Vaccination in the Punjab 1905-1918 - 1905-1918
Year: 1905
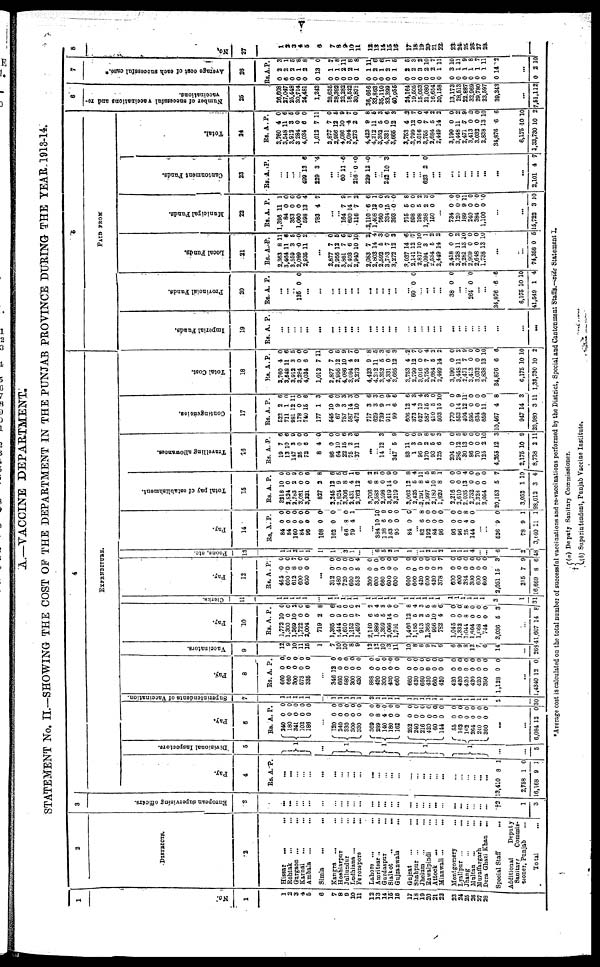
v
A.—VACCINE DEPARTMENT.
STATEMENT No. II.—SHOWING THE COST OF THE DEPARTMENT IN THE PUNJAB PROVINCE DURING THE YEAR, 1913-14.
1
No
1
1
2
3
4
5
6
7
8
9
10
11
12
13
14
15
16
17
18 19
20
21
22
23
24
25
26
27
28
2
DISTRICTS.
2
Hissar
...
...
Rohtak
... ...
Gurgaon ... ...
Karnal ... ...
Ambala ... ...
Simla ... ...
Kangra
... ...
Hoshiarpur ...
Jullundur ... ...
Ludhiana ...
...
Ferozepore
...
Lahore ...
...
Amritsar... ...
Gurdaspur
Sialkot
... ...
Gujranwala ...
Gujrat ... ...
Shahpur ... ...
Jhelum ... ...
Rawalpindi ...
Attock
... ...
Mianwali ...
...
Montgomery
Lyallpur ...
...
Jhang
...
...
Multan ... ...
Muzaffargarh ...
Dera Ghazi Khan ...
Special Staff ...
Additional
Deputy
Sanitary
Commis-
sioner, Punjab ...
Total ...
3
European supervising officers.
3
...
...
...
...
...
...
...
...
...
...
...
...
...
...
...
...
...
...
...
...
...
...
...
...
...
...
...
...
†2
1
3
4
EXPENDITURE.
Pay.
4
Rs. A. P.
...
...
...
...
...
...
...
... ...
...
...
...
...
...
...
...
... ...
...
... ...
...
...
...
... ...
...
13,410
2,758
16,168
8
1
9
1
0
1
Divisional Inspectors.
5
1
...
1
1
1
1
...
...
5
Pay.
6
Rs.
240
180
341
102
186
A.
0
0
0
0
0
P.
0
0
0
0
0
...
120
240
330
300
330
369
289
140
180
162
252
240
216
420
60
144
55
162
162
264
240
360
0
0
0
0
0
0
8
4
0
0
0
0
0
0
0
0
0
0
0
0
0
0
0
0
0
0
0
0
0
0
0
0
0
0
0
0
0
0
0
0
0
0
0
0
...
...
6,084 12 0
Superintendents of Vaccination.
7
1
1
1
1
1
...
1
1
1
1
1
2
1
1
1
1
1
1
1
1
1
1
1
1
1
1
1
1
2
30
Pay.
8
Rs.
660
660
300
573
335
A.
0
0
0
0
0
P.
0
0
0
0
0
...
346
660
580
300
420
888
420
300
420
660
660
420
660
420
660
420
420
420
420
420
420
350
1,128
12
0
0
0
0
0
0
0
0
0
0
0
0
0
0
0
0
0
0
0
0
0
0
0
0
0
0
0
0
0
0 0
0
0
0
0
0
0
0
0
0
0
0
0
0
0
...
1,4340 12 0
Vaccinators.
9
12
9
10
11
15
1
7
10
10
8
9
12
12
10
3
11
10
8
6
9
7
6
6
9
8
12
7
6
14
...
268
Pay.
10
Rs.
1,772
1,300
1,369
1,722
2,004
719
1,365
1,414
1,610
1,152
1,459
2,149
1,889
1,359
2,066
1,701
1,466
1,165
913
1,365
956
782
1,045
1,332
1,044
1,604
1,068
744
3,036
A.
10
0
10
0
0
2
0
9
0
0
7
6
5
5
14
0
12
5
2
5
10
4
0
0
8
0
0
0
5
P.
0
0
2
0
6
8
6
5
0
0
2
2
4
3
9
0
8
4
3
5
8
6
0
0
8
0
0
0
3
...
41,607 14 8
Clerks.
11
1
1
1
1
1
...
1
1
1
1
1
1
1
1
1
1
1
1
1
1
1
1
1
1
1
1
1
1
3
1
31
Pay.
12
Rs.
462
600
612
600
600
A.
0
0
8
0
0
P.
0
0
7
0
0
...
312
480
720
600
553
300
600
660
600
600
600
600
420
600
420
378
600
600
384
300
600
600
2,051
215
16,669
0
0
0
0
5
0
0
0
0
0
0
0
0
0
0
3
0
0
0
0
0
0
15
7
8
0
0
0
0
4
0
0
0
0
0
0
0
0
0
0
7
0
0
0
0
0 0
3
9
6
Peons,
etc
13
1
1
2
1
1
1
1
3
1
...
...
6
5
2
1
1
... 1
2
1
2
1
1
1
4
...
...
6
2
48
Pay.
14
Rs.
84
84
160
84
96
108
102
A.
0
0
0
0
0
0
0
P.
0
0
0
0
0
0
0
...
66
79
8
4
0
1
...
...
384
138
153
95
84
10
6
0
0
0
10
9
0
0
0
...
82
192
84
96
90
96
25
144
6
0
0
0
0
0
4
0
8
0
0
0
0
0
8
0
...
...
526
78
3,140
9
9
11
0
1
1
Total pay of establishment.
15
Rs.
3218
2,824
2,783
3,081
3,221
827
2,245
2,824
3,306
2,431
2,763
3,706
3,583
2,598
3,419
3,219
3,062
2,425
2,291
2,997
2,180
1,820
2,216
2,610
2,035
2,732
2,328
2,054
20,153
3,052
98,012
A.
10
0
2
0
0
2
12
9
8
4
12
6
8
0
14
0
12
5
8
5
10
8
0
0
13
0
0
0
5
1
3
P.
0
0
9
0
6
8
6
5
0 1
6
2
2
0
9
0
8
4
11
5
8
1
0
0
4
0
0
0
7
10
4
Travelling allowances.
16
Rs.
19
13
147
25
72
8
86
64
22
75
37
A.
7
10
3
0
6
4
0
10
15
2
11
P.
6
6
9
0
0
0
0
0
6
3
6
...
... 14 12 3
... 347
83
1
96
170
93
125
204
285
30
86
70
125
4,355
2,175
8,738
5
11
3
9
2
5
6
0
12
13
0
0
2
12
10
2
9
0
0
9
8
6
3
0
5
6
0
0
10
3
9
11
Contingencies.
17
Rs.
522
711
981
178
740
177
545
67
757
587
472
717
629
739
911
99
606
373
627
587
410
503
770
553
404
595
634
659
10,467
947
26,980
A.
2
1
12
0
15
1
10
9
3
14
10
3
3
9
1
6
12
4
13
15
5
15
0
14
12
0
0
11
4
14
3
P.
6
0
11
0
6
3
6
0
3
3
0
6
3
0
9
6
6
3
4
3
0
10
0
9
11
0
0
0
8
3
11
Total Cost.
18
Rs.
3,760
3,548
3,912
3,284
4,034
1,012
2,877
2,956
4,086
3,094
3,273
4,423
4,202
3,352
4,331
3,665
3,753
2,799
3,016
3,755
2,684
2,449
3,190
3,448
2,471
3,413
3,032
2,838
34,876
6,175
1,33,730
A.
4
11
3
0
6
7
7
12
10
4
2
9
11
5
0
12
4
12
0
7
5
14
0
11
7
0
0
13
6
10
10
P.
0
6
5
0
0
11
0
5
9
7
0
8
5
3
6
3
2
7
0
4
2
2
0
2
9
0
0
10
6
10
2
5
PAID FROM
Imperial Funds.
19
Rs. A. P.
...
...
...
... ...
...
...
...
...
...
...
...
...
...
...
...
...
...
...
... ...
...
...
...
...
...
... ...
...
...
...
Provincial Funds.
20
Rs.
A.
P.
...
...
...
135 0 0
...
...
...
... ...
... ...
...
...
... ...
...
...
60 0 0
... ...
...
...
38 0 0
...
... 264 0 0
...
...
34,876
6,175
41,549
6
10
1
6
10
4
Local Funds.
21
Rs.
2,363
3,464
3,569
2,089
2,935
A.
8
11
3
0
11
P.
11
6
5
0
2
...
2,877
2,956
3,861
2,403
2,940
2,083
2,803
2,592
3,753
3,272
3,037
2,141
2,817
2,094
2,534
2,449
2,418
3,328
2,281
2,909
2,648
1,738
7
12
7
6
10
7
14
5
7
12
14
12
10
3
5
14
0
11
13
0
0
13
0
5
6
6
10
2
4
3
0
3
6
7
10
1
2
2
0
2
10
0
0
10
...
...
74,358 0 5
Municipal Funds.
22
Rs.
1,396
84
353
1,060
598
783
A.
11
0
0
0
13
4
P.
1
0
0
0
4
7
...
... 164
690
116
2,110
1,408
760
334
393
715
598
198
1,038
150
7
14
7
6
13
0
15
0
5
0
5
2
0
9
1
2
6
1
0
3
0
8
0
2
3
0
...
734
120
189
240
384
1,100
0
0
9
0
0
0
0
0
11
0
0
0
...
...
15,722 3 10
Cantonment Funds.
23
Rs. A. P.
...
...
...
... 499
229
13
3
6
4
...
... 60 11 6
... 216
229
0
12
0
0
...
... 242 10 3
...
...
...
... 623 2 0
... ...
...
...
...
...
... ...
...
...
2,101 4 7
Total.
24
Rs.
3,760
3,548
3,912
3,284
4,034
1,012
2,877
2,956
4,086
3,094
3,273
4,423
4,212
3,352
4,331
3,665
3,753
2,799
3,016
3,765
2,684
2,449
3,190
3,448
2,471
3 413
3,032
2,838
34,876
6,175
1,33,730
A.
4
11
3
0
6
7
7
12
10
4
2
9
11
5
0
12
4
12
0
7
5
14
0
11
7
0
0
13
6
10
10
P.
0
6
5
0
0
11
0
5
9
7
0
8
5
3
6
3
2
7
0
4
2
2
0
2
9
0
0
10
6
10
2
6
Number of successful vaccinations and re¬
vaccinations.
25
26,608
27,047
25,448
30,714
24,481
1,243
28,635
28,392
22,282
18,522
30,871
36,666
33,863
35,110
33,399
40,955
24,164
19,505
15,053
21,080
16,654
20,158
13,173
28,513
22,887
32,969
29,780
23,597
39,343
...
7,51,112
7
Average cost of each successful case.*
26
Rs.
0
6
0
0
0
0
0
0
0
0
0
0
0
0
0
0
0
0
0
0
0
0
0
0
0
0
0
0
0
A.
2
2
2
1
2
13
1
1
2
2
1
1
2
1
2
1
2
2
3
2
2
3
3
1
1
1
1
1
14
P.
3
1
5
8
8
0
7
8
11
8
8
11
6
6
1
5
5
3
2
10
7
11
10
11
9
8
7
11
2
...
0 2 10
8
No.
27
1
2
3
4
5
6
7
8 9
10
11
12
13
14
15
16
17
18
19
20
21
22
23
24
25
26
27
28
*Average cost is calculated on the total number of successful vaccinations and re-vaccinations performed by the District, Special and Cantonment Staffs.—vide Statement I.
†
(a) Deputy Sanitary Commissioner.
(b) Superintendent, Punjab Vaccine Institute.